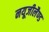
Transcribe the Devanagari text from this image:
नयूजीलैण्ड